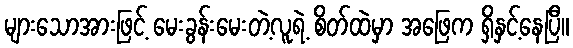
များသောအားဖြင့် မေးခွန်းမေးတဲ့လူရဲ့ စိတ်ထဲမှာ အဖြေက ရှိနှင့်နေပြီ။